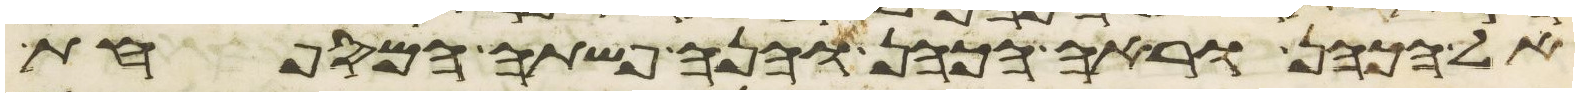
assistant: אל הכהן וראה הכהן והנה פשתה המספחת